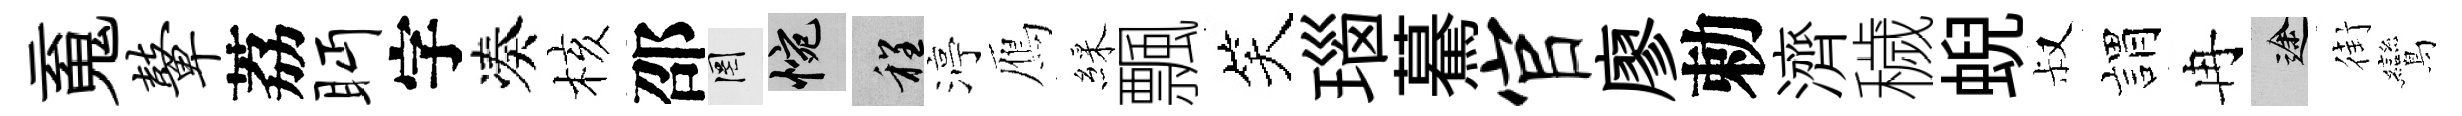
䰟鼙荔眄字凑核邵罔惋程渟鴈綵飄笑瑙驀官廖勅濟穢蜺叔娟冉途街鸞